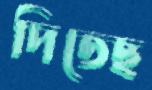
দিতেছ